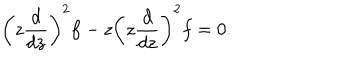
\left( z \frac { d } { d z } \right) ^ { 2 } f - z \left( z \frac { d } { d z } \right) ^ { 2 } f = 0 .